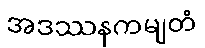
အဒဿနကမျတံ